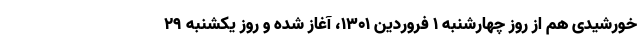
خورشیدی هم از روز چهارشنبه ۱ فروردین ۱۳۰۱، آغاز شده و روز یکشنبه ۲۹